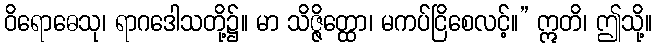
ဝိရောဓေသု၊ ရာဂဒေါသတို့၌။ မာ သိဇ္ဇိတ္ထော၊ မကပ်ငြိစေလင့်။” ဣတိ၊ ဤသို့။